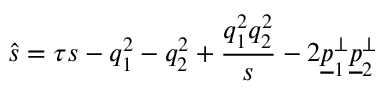
\hat { s } = \tau s - q _ { 1 } ^ { 2 } - q _ { 2 } ^ { 2 } + \frac { q _ { 1 } ^ { 2 } q _ { 2 } ^ { 2 } } { s } - 2 \underline { { { p } } } _ { 1 } ^ { \perp } \underline { { { p } } } _ { 2 } ^ { \perp }